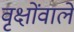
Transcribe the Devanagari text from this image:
वृक्षोंवाले